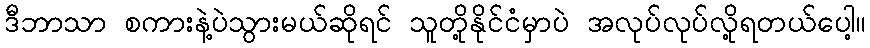
ဒီဘာသာ စကားနဲ့ပဲသွားမယ်ဆိုရင် သူတို့နိုင်ငံမှာပဲ အလုပ်လုပ်လို့ရတယ်ပေါ့။